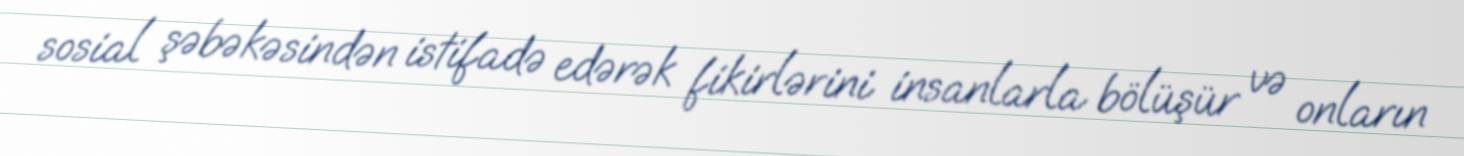
sosial şəbəkəsindən istifadə edərək fikirlərini insanlarla bölüşür və onların